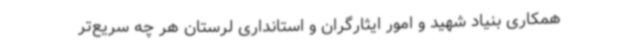
همکاری بنیاد شهید و امور ایثارگران و استانداری لرستان هر چه سریع‌تر